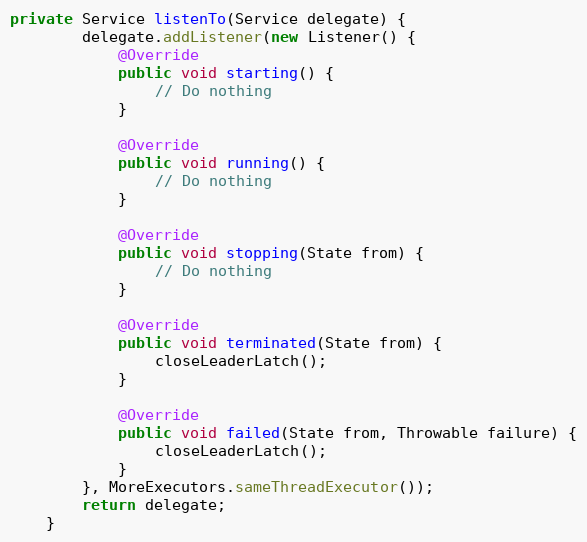
Language: Java
private Service listenTo(Service delegate) {
        delegate.addListener(new Listener() {
            @Override
            public void starting() {
                // Do nothing
            }

            @Override
            public void running() {
                // Do nothing
            }

            @Override
            public void stopping(State from) {
                // Do nothing
            }

            @Override
            public void terminated(State from) {
                closeLeaderLatch();
            }

            @Override
            public void failed(State from, Throwable failure) {
                closeLeaderLatch();
            }
        }, MoreExecutors.sameThreadExecutor());
        return delegate;
    }